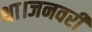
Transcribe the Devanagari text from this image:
था।जनवरी